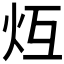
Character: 𪸒